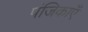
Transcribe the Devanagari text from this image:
पंजिकाएँ